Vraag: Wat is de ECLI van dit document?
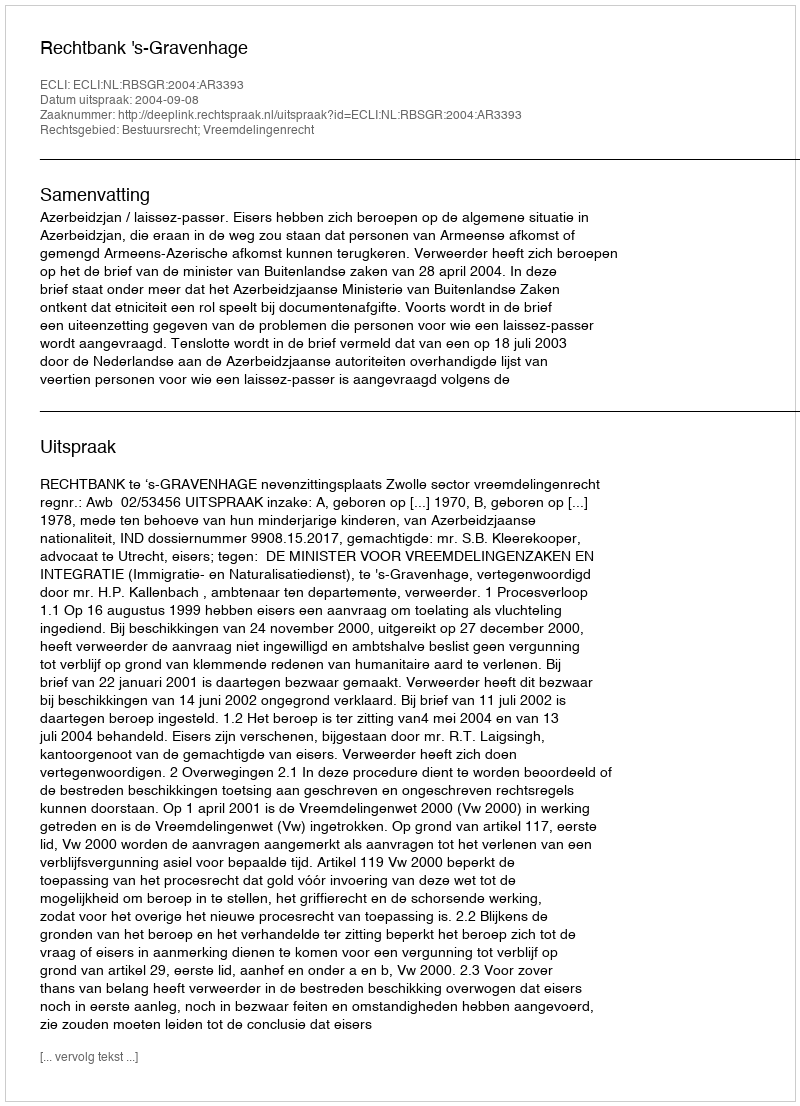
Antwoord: ECLI:NL:RBSGR:2004:AR3393